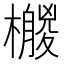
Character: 𣞛